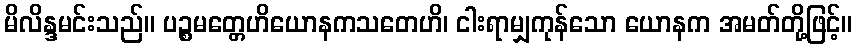
မိလိန္ဒမင်းသည်။ ပဉ္စမတ္တေဟိယောနကသတေဟိ၊ ငါးရာမျှကုန်သော ယောနက အမတ်တို့ဖြင့်။